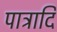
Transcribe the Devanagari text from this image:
पात्रादि